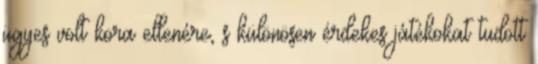
ügyes volt kora ellenére, s különösen érdekes játékokat tudott